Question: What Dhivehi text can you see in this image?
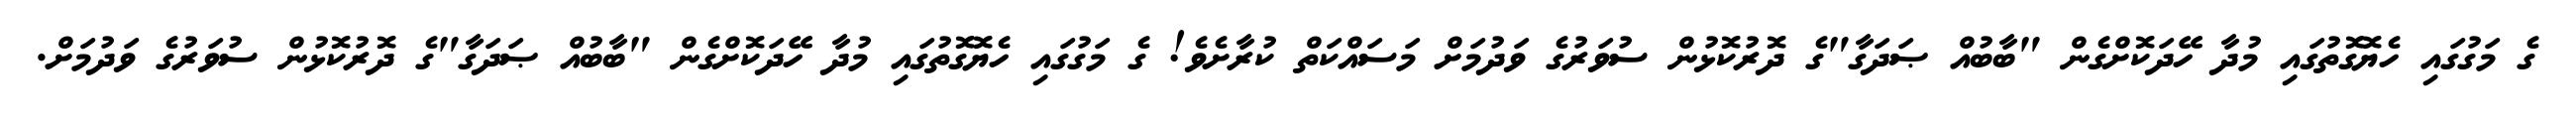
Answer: ގެ މަގުގައި ހެޔޮގޮތުގައި މުދާ ހޭދަކޮށްގެން "ބާބުއް ޞަދަގާ"ގެ ދޮރުކޮޅުން ސުވަރުގެ ވަދުމަށް މަސައްކަތް ކުރާށެވެ! ގެ މަގުގައި ހެޔޮގޮތުގައި މުދާ ހޭދަކޮށްގެން "ބާބުއް ޞަދަގާ"ގެ ދޮރުކޮޅުން ސުވަރުގެ ވަދުމަށް.